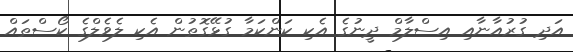
އަދި ގުރުއާނާއި އިސްލާމް ދީނުގެ އެކި ކަންކަމާ ގުޅޭގޮތުން އެކި ލެވެލްގެ ކޯސްތައް